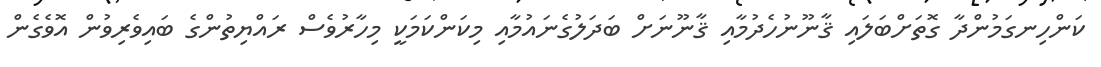
ކަންހިނގަމުންދާ ގޮތަށްބަލައި ޤާނޫނުހެދުމާއި ޤާނޫނަށް ބަދަލުގެނައުމާއި މިކަންކަމަކީ މިހާރުވެސް ރައްޔިތުންގެ ބައިވެރިވުން އޮވެގެން